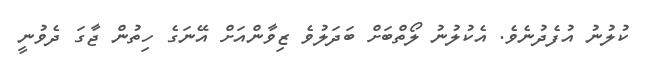
ކުލުނު އުފެދުނެވެ. އެކުލުނު ލޯތްބަށް ބަދަލުވެ ޒިވާންއަށް އޭނަގެ ހިތުން ޖާގަ ދެވުނީ